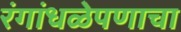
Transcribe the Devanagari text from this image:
रंगांधळेपणाचा